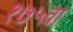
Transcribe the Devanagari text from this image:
१७५वा